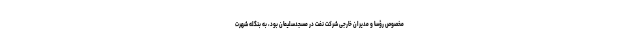
مخصوص رؤسا و مدیران خارجی شرکت نفت در مسجدسلیمان بود، به بنگله شهرت